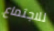
للاجتماع